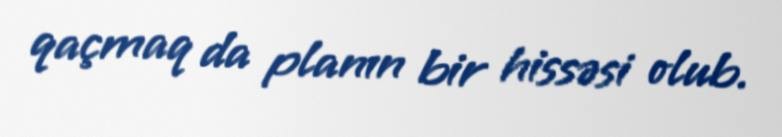
qaçmaq da planın bir hissəsi olub.